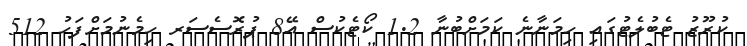
ކުރޫޒު ޓެބުލެޓުގައި ހިމަނާނެ ކަމަށްބުނާ 1.2 ކޯޓެކުސް އޭ8 ޕުރޮސެސަރ ހިމެނުމަށްފަހު 512